Indian journal of veterinary science and animal husbandry - Volume 8,
Year: 1938
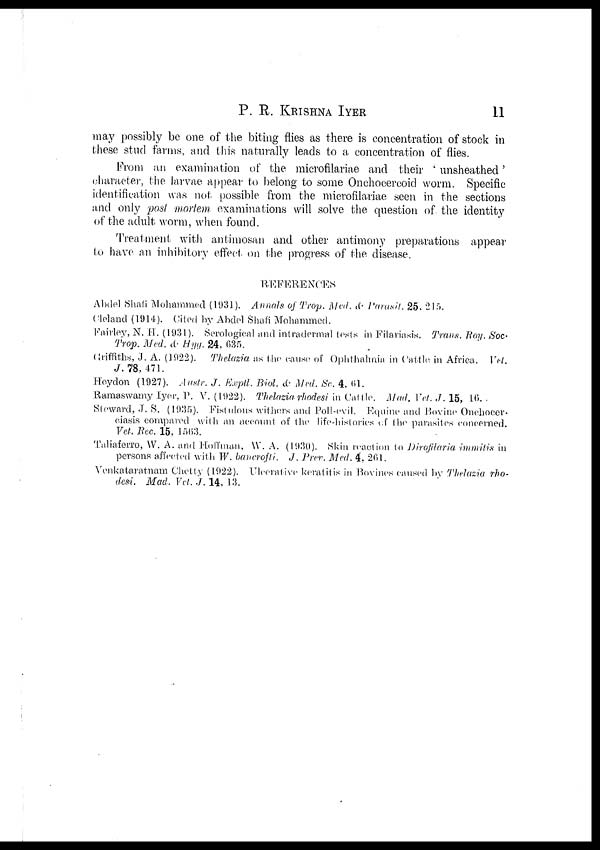
P.
R.
KRISHNA
IYER
11
may possibly be one of the biting flies as there is concentration of stock in
these stud farms, and this naturally leads to a concentration of flies.
From an examination of the microfilariae and their ' unsheathed'
character, the larvae appear to belong to some Onchocercoid worm. Specific
identification was not possible from the microfilariae seen in the sections
and only post mortem examinations will solve the question of the identity
of the adult worm, when found.
Treatment with antimosan and other antimony preparations appear
to have an inhibitory effect on the progress of the disease.
REFERENCES
Abdel Shafi Mohammed (1931). Annals of Trop. Med. & Parasit. 25. 215.
Cleland (1914). Cited by Abdel Shafi Mohammed.
Fairley, N. H. (1931). Serological and intradermal tests in Filariasis. Trans. Roy. Soc.
Trop. Med. & Hyg. 24, 635.
Griffiths, J. A. (1922). Thelazia as the cause of Ophthalmia in Cattle in Africa. Vet.
J. 78, 471.
Heydon (1927). Austr. J. Expptl. Biol. & Med. Sc. 4, 61.
Ramaswamy Iyer, P. V. (1922). Thelazia rhodesi in Cattle. Mad. Vet. J. 15, 16.
Steward, J. S. (1935). Fistulous withers and Poll-evil. Equine and Bovine Onchocer-
ciasis compared with an account of the life-histories of the parasites concerned.
Vet. Rec. 15, l563.
Taliaferro, W. A. and Hoffman, W. A. (1930). Skin reaction to Dirofilaria immitis in
persons affected with W. bancrofti. J. Prev. Med. 4, 261.
Venkataratnam Chetty (1922). Ulcerative keratitis in Bovines caused by Thelazia rho-
desi. Mad. Vet. J.14, 13.